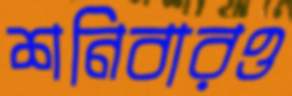
শনিবারও